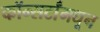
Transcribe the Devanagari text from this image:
कॉन्सर्टांंमधून